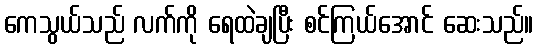
ကေသွယ်သည် လက်ကို ရေထဲချပြီး စင်ကြယ်အောင် ဆေးသည်။